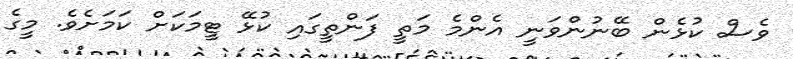
ވެސް ކުޅެން ބޭނުންވަނީ އެންމެ މަތީ ފަންތީގައި ކުޅޭ ޓީމަކަށް ކަމަށެވެ. މީގެ